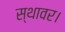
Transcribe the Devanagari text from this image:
स्थावर।